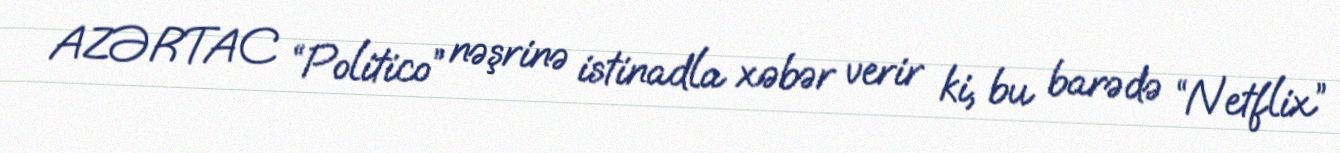
AZƏRTAC “Politico” nəşrinə istinadla xəbər verir ki, bu barədə “Netflix”